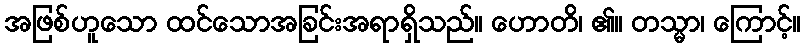
အဖြစ်ဟူသော ထင်သောအခြင်းအရာရှိသည်။ ဟောတိ၊ ၏။ တသ္မာ၊ ကြောင့်။